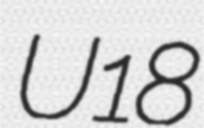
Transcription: U18